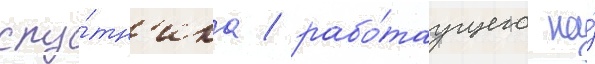
спу́тн'ика / рабо́таущего на́